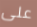
على